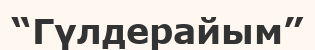
“Гүлдерайым”